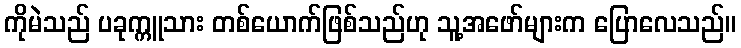
ကိုမဲသည် ပခုက္ကူသား တစ်ယောက်ဖြစ်သည်ဟု သူ့အဖော်များက ပြောလေသည်။